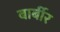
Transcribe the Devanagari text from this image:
बार्बीर